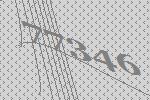
77346